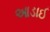
આડાઈ